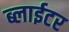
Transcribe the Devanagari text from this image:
ब्लाईटर